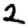
Digit: 2